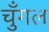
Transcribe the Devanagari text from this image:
चुँगल